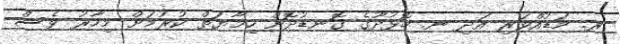
ރ. މަޑުއްވަރި އަދި ނ. ހޮޅުދޫގެ ގޮނޑުދޮށް ހިމާޔަތް ކުރުމަށް މިހާރު ވެސް